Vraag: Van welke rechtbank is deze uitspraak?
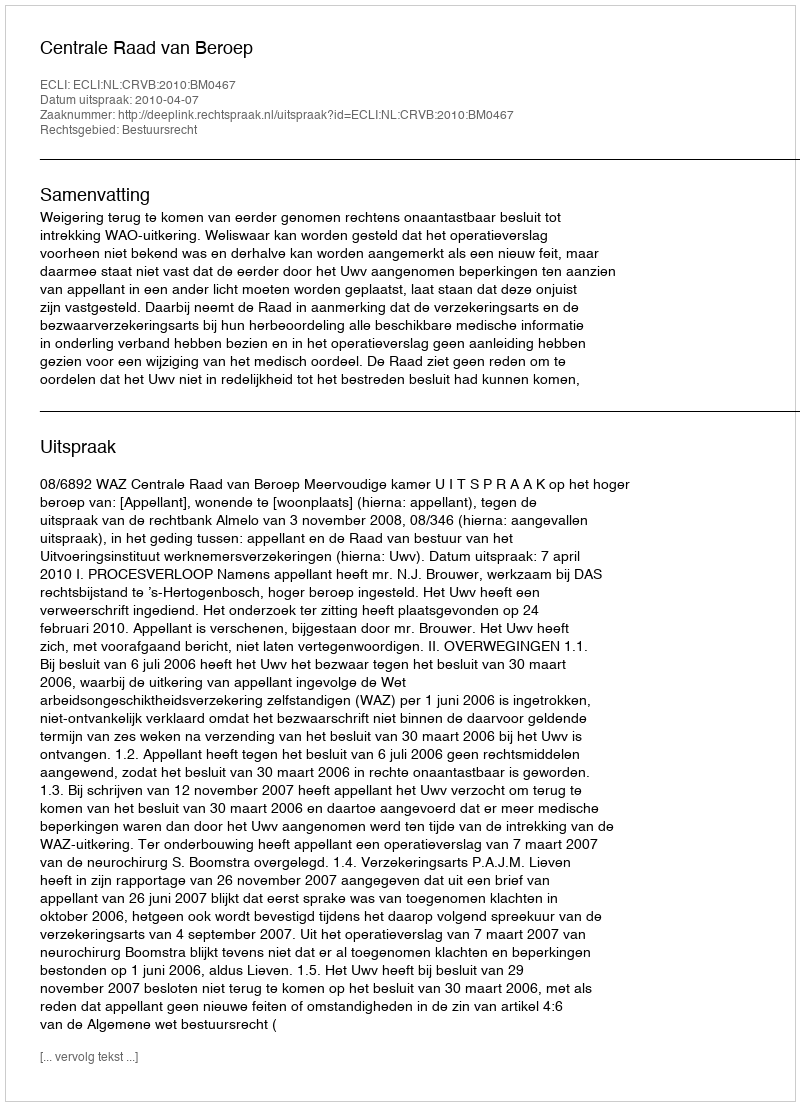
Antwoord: Centrale Raad van Beroep